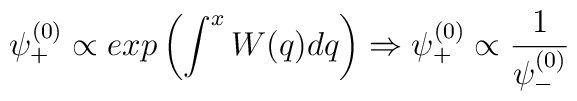
\psi^{(0)}_+ \propto exp\left(\int^{x}W(q)dq\right) \Rightarrow  \psi^{(0)}_+ \propto\frac{1}{\psi^{(0)}_-}